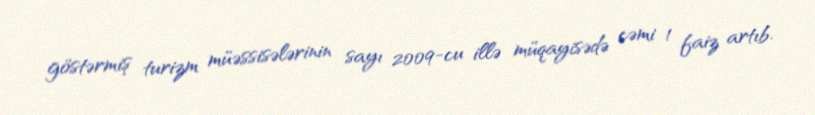
göstərmiş turizm müəssisələrinin sayı 2009-cu illə müqayisədə cəmi 1 faiz artıb.